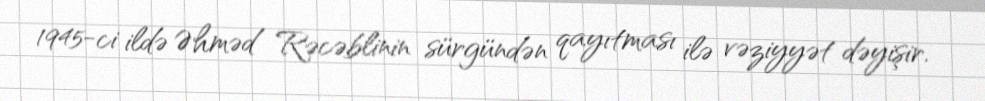
1945-ci ildə Əhməd Rəcəblinin sürgündən qayıtması ilə vəziyyət dəyişir.